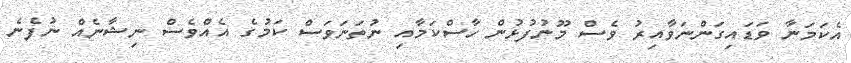
އެކަމަނާ ވަޑައިގަންނަވާއިރު ވެސް މޫނުފުޅުން ހާސްކަމާއި ނުތަނަވަސް ކަމުގެ އެެއްވެސް ނިޝާނެއް ނުފެނެ